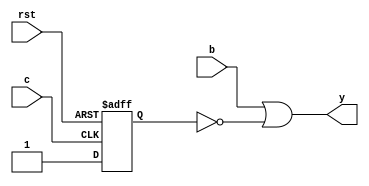
module clb_da(
	input b,
	input c,
	input rst,
	output y
);

	wire f, g;
	reg q;
	
	assign f = 1'b1;
	assign g = b | ~q;
	
	always @(posedge c, negedge rst) begin
		if (rst == 1'b0) begin
			q <= 1'b0;
		end else begin
			q <= f;
		end
	end
	
	assign y = g;

endmodule